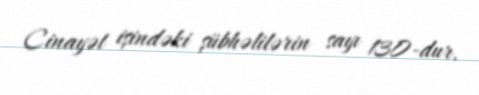
Cinayət işindəki şübhəlilərin sayı 130-dur.